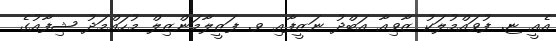
އެއީ ޏ. ފުވައްމުލަކު ޒާވިއާ އަބްދު ނަޒީފާއި ވ. ފަޒީލާމަންޒިލް މުހައްމަދު ޝިފާއުގެ